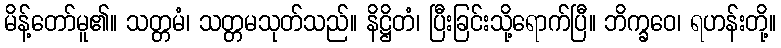
မိန့်တော်မူ၏။ သတ္တမံ၊ သတ္တမသုတ်သည်။ နိဋ္ဌိတံ၊ ပြီးခြင်းသို့ရောက်ပြီ။ ဘိက္ခဝေ၊ ရဟန်းတို့။